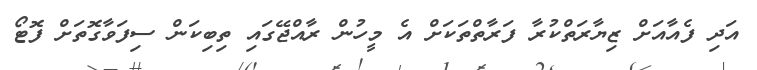
އަދި ފެއާއަށް ޒިޔާރަތްކުރާ ފަރާތްތަކަށް އެ މީހުން ރާއްޖޭގައި ތިބިކަން ސިފަވާގޮތަށް ފޮޓޯ